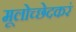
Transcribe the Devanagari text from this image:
मूलोच्छेदकरं